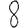
Digit: 8